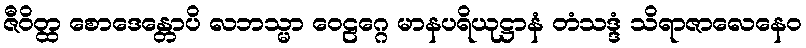
ဇီဝိတ္ထ စောဒေန္တောပိ လဘသ္မာ ဝေဠဂ္ဂေ မာနပရိယုဋ္ဌာနံ တံသဒ္ဒံ သိရာဇာလေနေဝ